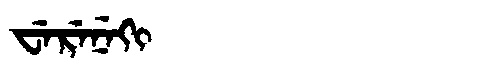
Manchu: ᠸᡝᡵᡝᠨᡝᡴᡳ
Romanization: WERENEKI